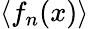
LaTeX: \langle f_{n}(x)\rangle